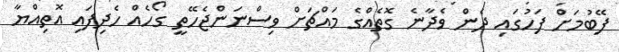
ފޭބުމަށް ފަހުގައި ދެން ވެދާނެ ގޮތެއްގެ މައްޗަށް ވިސްނަންޖެހޭތީ ގޯހެއް ހެދިފައި އޮތިއްޔާ